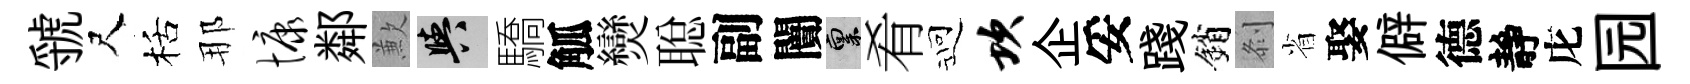
虢尺栝那慷鄰歉阳驕觚𤓖聪副闠禀肴迎坎企妥踐銷𠛴省娶僻德靜庀园